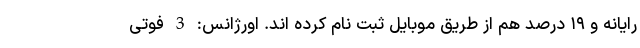
رایانه و ١٩ درصد هم از طریق موبایل ثبت نام کرده اند. اورژانس: 3 فوتی